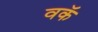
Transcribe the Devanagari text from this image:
वकॅ